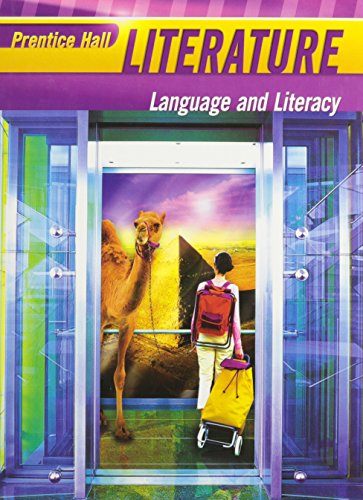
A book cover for Literature: Language and Literacy; Teen & Young Adult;